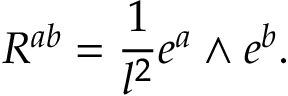
R ^ { a b } = \frac { 1 } { l ^ { 2 } } e ^ { a } { \mathrm { \tiny ~ \wedge ~ } } e ^ { b } .